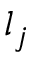
l _ { j }